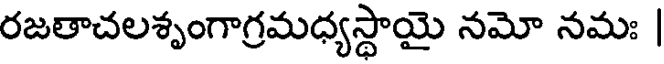
రజతాచలశృంగాగ్రమధ్యస్థాయై నమో నమః |